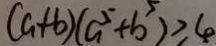
( a + b ) ( a ^ { 5 } + b ^ { 5 } ) \geq 4